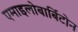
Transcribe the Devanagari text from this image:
एमाइलोबार्बिटोन